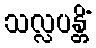
သလ္လပန္တိံ